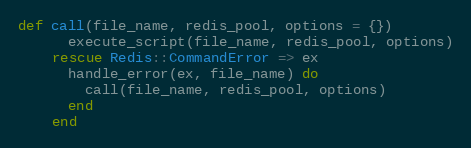
Language: Ruby
def call(file_name, redis_pool, options = {})
      execute_script(file_name, redis_pool, options)
    rescue Redis::CommandError => ex
      handle_error(ex, file_name) do
        call(file_name, redis_pool, options)
      end
    end